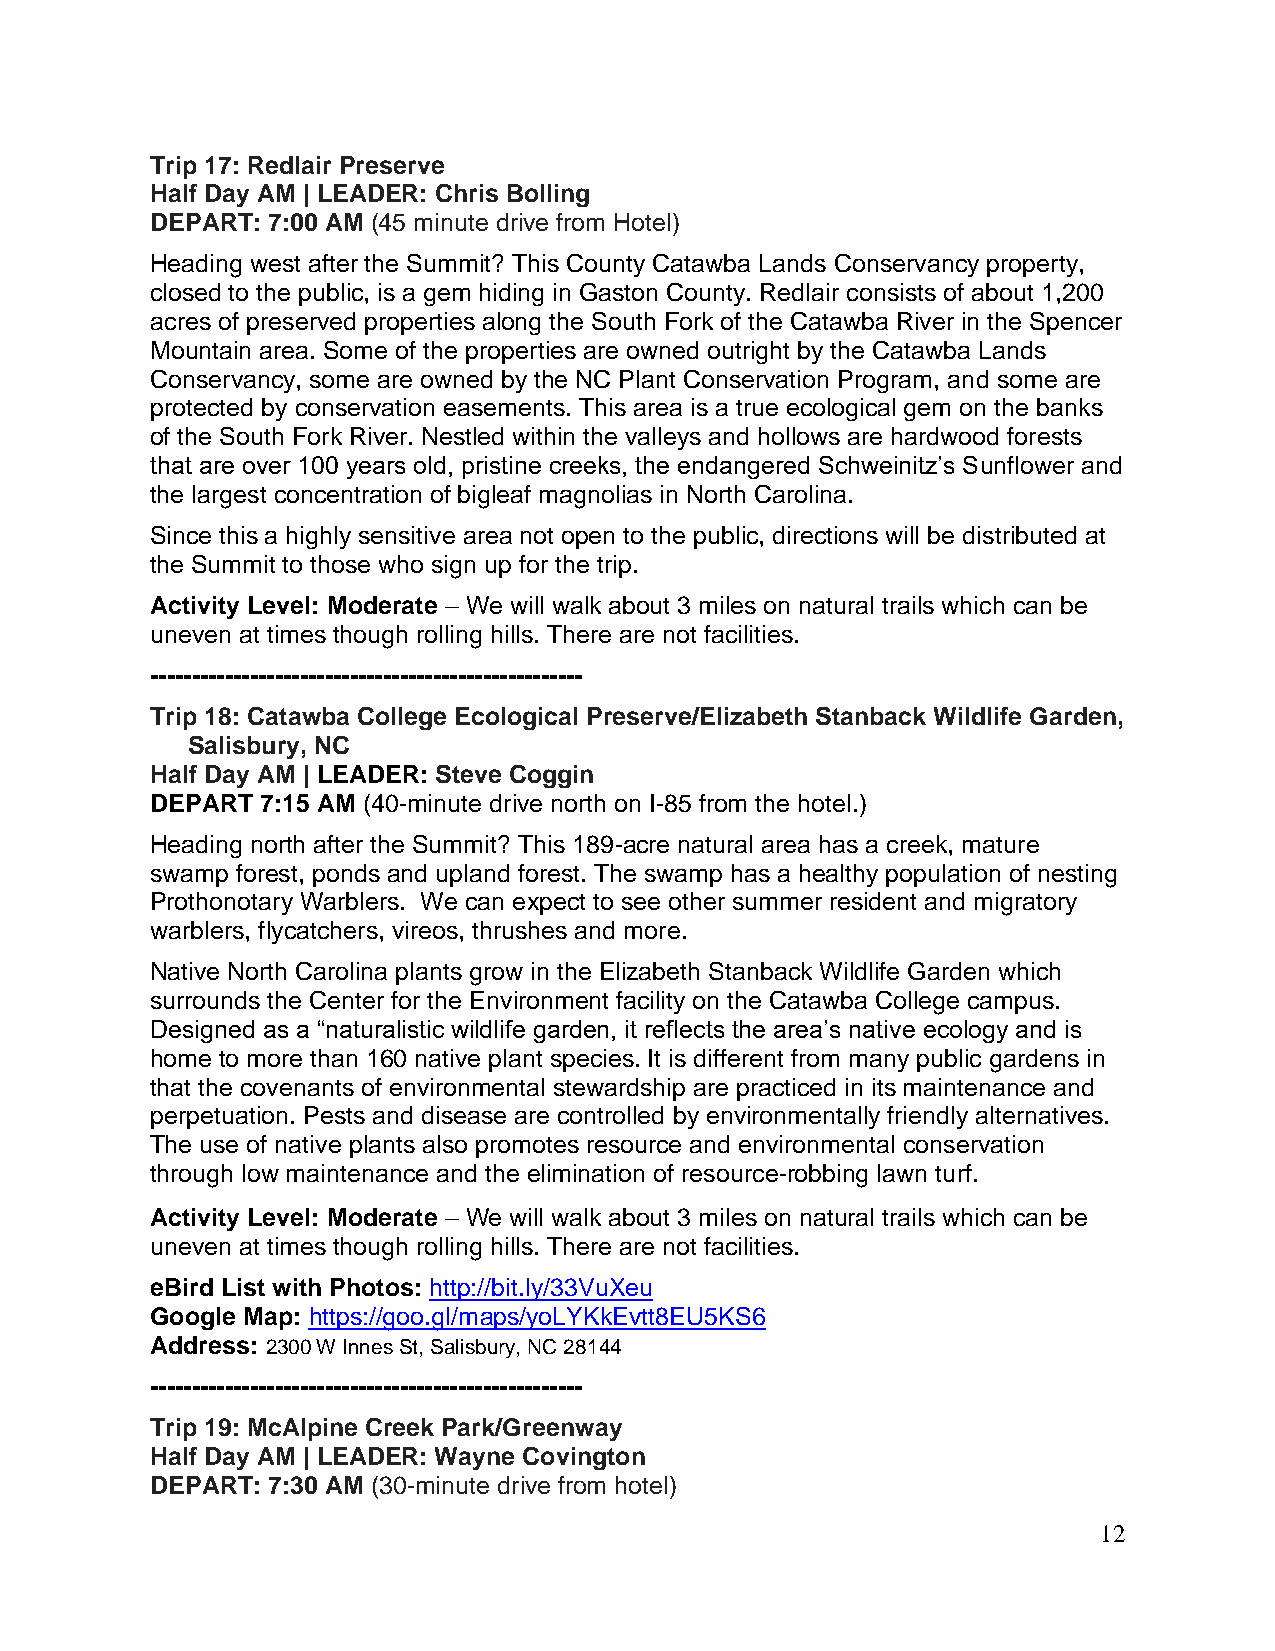
Trip 17: Redlair Preserve
 Half Day AM | LEADER: Chris Bolling
 DEPART: 7:00 AM (45 minute drive from Hotel)
 Heading west after the Summit? This County Catawba Lands Conservancy property,
 closed to the public, is a gem hiding in Gaston County. Redlair consists of about 1,200
 acres of preserved properties along the South Fork of the Catawba River in the Spencer
 Mountain area. Some of the properties are owned outright by the Catawba Lands
 Conservancy, some are owned by the NC Plant Conservation Program, and some are
 protected by conservation easements. This area is a true ecological gem on the banks
 of the South Fork River. Nestled within the valleys and hollows are hardwood forests
 that are over 100 years old, pristine creeks, the endangered Schweinitz’s Sunflower and
 the largest concentration of bigleaf magnolias in North Carolina.
 Since this a highly sensitive area not open to the public, directions will be distributed at
 the Summit to those who sign up for the trip.
 Activity Level: Moderate – We will walk about 3 miles on natural trails which can be
 uneven at times though rolling hills. There are not facilities.
 ----------------------------------------------------
 Trip 18: Catawba College Ecological Preserve/Elizabeth Stanback Wildlife Garden,
 Salisbury, NC
 Half Day AM | LEADER: Steve Coggin
 DEPART 7:15 AM (40-minute drive north on I-85 from the hotel.)
 Heading north after the Summit? This 189-acre natural area has a creek, mature
 swamp forest, ponds and upland forest. The swamp has a healthy population of nesting
 Prothonotary Warblers. We can expect to see other summer resident and migratory
 warblers, flycatchers, vireos, thrushes and more.
 Native North Carolina plants grow in the Elizabeth Stanback Wildlife Garden which
 surrounds the Center for the Environment facility on the Catawba College campus.
 Designed as a “naturalistic wildlife garden, it reflects the area’s native ecology and is
 home to more than 160 native plant species. It is different from many public gardens in
 that the covenants of environmental stewardship are practiced in its maintenance and
 perpetuation. Pests and disease are controlled by environmentally friendly alternatives.
 The use of native plants also promotes resource and environmental conservation
 through low maintenance and the elimination of resource-robbing lawn turf.
 Activity Level: Moderate – We will walk about 3 miles on natural trails which can be
 uneven at times though rolling hills. There are not facilities.
 eBird List with Photos: http://bit.ly/33VuXeu
 Google Map: https://goo.gl/maps/yoLYKkEvtt8EU5KS6
 Address: 2300 W Innes St, Salisbury, NC 28144
 ----------------------------------------------------
 Trip 19: McAlpine Creek Park/Greenway
 Half Day AM | LEADER: Wayne Covington
 DEPART: 7:30 AM (30-minute drive from hotel)
 12